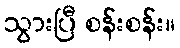
သွားပြီ စန်းစန်း။